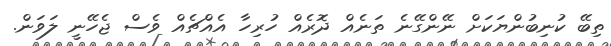
ތިބޭ ކުނިބުންޔަކަށް ނޭންގޭނެ ތަނެއް ދޮރެެއް ހުރިހާ އެއްޗެއް ވެސް ޖެހޭނީ ލަވަން.